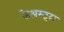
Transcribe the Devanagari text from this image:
फेअस्ट्स